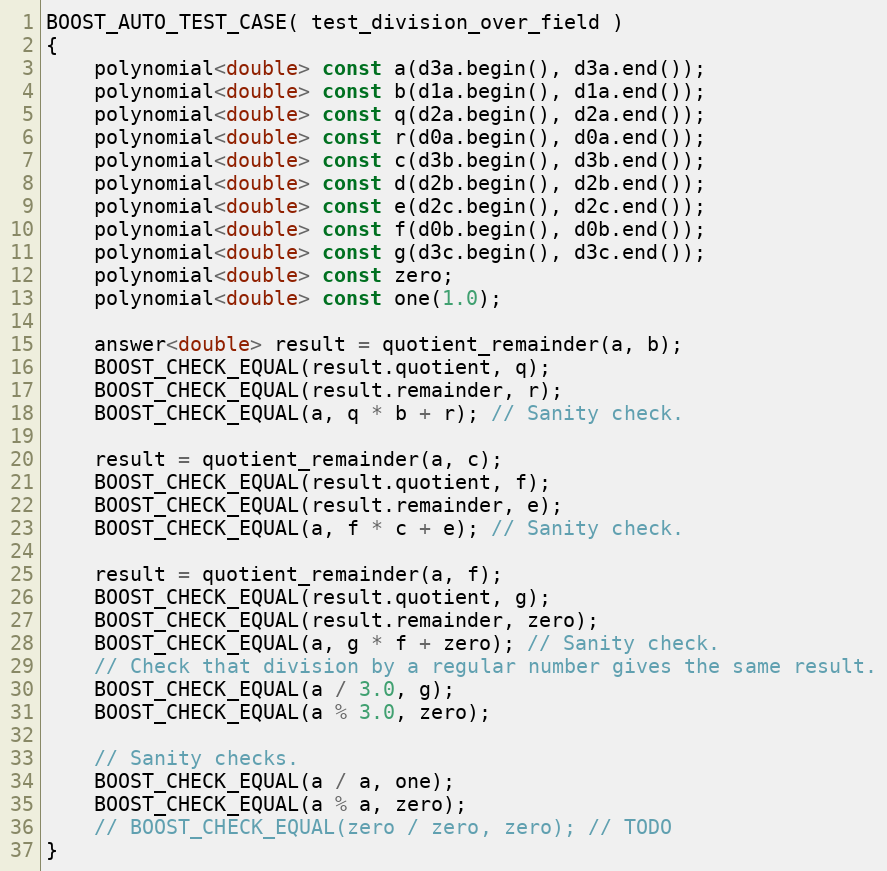
Language: C++
BOOST_AUTO_TEST_CASE( test_division_over_field )
{
    polynomial<double> const a(d3a.begin(), d3a.end());
    polynomial<double> const b(d1a.begin(), d1a.end());
    polynomial<double> const q(d2a.begin(), d2a.end());
    polynomial<double> const r(d0a.begin(), d0a.end());
    polynomial<double> const c(d3b.begin(), d3b.end());
    polynomial<double> const d(d2b.begin(), d2b.end());
    polynomial<double> const e(d2c.begin(), d2c.end());
    polynomial<double> const f(d0b.begin(), d0b.end());
    polynomial<double> const g(d3c.begin(), d3c.end());
    polynomial<double> const zero;
    polynomial<double> const one(1.0);

    answer<double> result = quotient_remainder(a, b);
    BOOST_CHECK_EQUAL(result.quotient, q);
    BOOST_CHECK_EQUAL(result.remainder, r);
    BOOST_CHECK_EQUAL(a, q * b + r); // Sanity check.

    result = quotient_remainder(a, c);
    BOOST_CHECK_EQUAL(result.quotient, f);
    BOOST_CHECK_EQUAL(result.remainder, e);
    BOOST_CHECK_EQUAL(a, f * c + e); // Sanity check.

    result = quotient_remainder(a, f);
    BOOST_CHECK_EQUAL(result.quotient, g);
    BOOST_CHECK_EQUAL(result.remainder, zero);
    BOOST_CHECK_EQUAL(a, g * f + zero); // Sanity check.
    // Check that division by a regular number gives the same result.
    BOOST_CHECK_EQUAL(a / 3.0, g);
    BOOST_CHECK_EQUAL(a % 3.0, zero);

    // Sanity checks.
    BOOST_CHECK_EQUAL(a / a, one);
    BOOST_CHECK_EQUAL(a % a, zero);
    // BOOST_CHECK_EQUAL(zero / zero, zero); // TODO
}